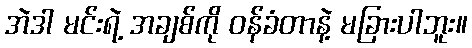
အဲဒါ မင်းရဲ့ အချစ်ကို ဝန်ခံတာနဲ့ မခြားပါဘူး။